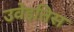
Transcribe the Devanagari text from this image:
उवेइतिस